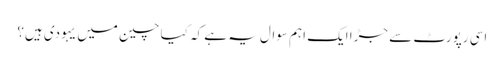
اسی رپورٹ سے جڑا ایک اہم سوال یہ ہے کہ کیا چین میں یہودی ہیں؟